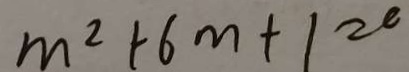
m ^ { 2 } + 6 m + 1 2 0